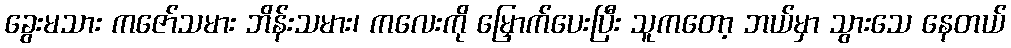
ခွေးမသား ကဇော်သမား ဘိန်းသမား၊ ကလေးကို မြှောက်ပေးပြီး သူကတော့ ဘယ်မှာ သွားသေ နေတယ်